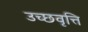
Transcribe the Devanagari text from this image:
उच्छवृत्ति